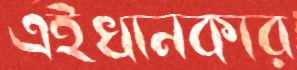
এইখানকার